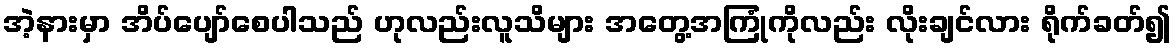
အဲ့နားမှာ အိပ်ပျော်စေပါသည် ဟုလည်းလူသိများ အတွေ့အကြုံကိုလည်း လိုးချင်လား ရိုက်ခတ်၍